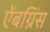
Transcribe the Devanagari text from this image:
ऐंबग्रिंस